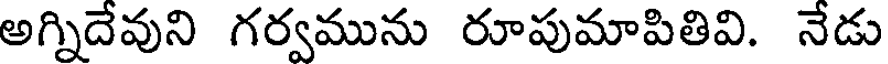
అగ్నిదేవుని గర్వమును రూపుమాపితివి. నేడు